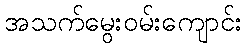
အသက်မွေးဝမ်းကျောင်း